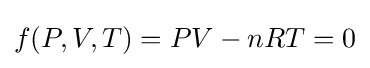
f(P,V,T)=PV-nRT=0